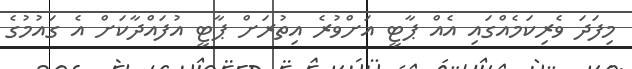
މިފަދަ ވެރިކަމެއްގައި އެއް ޕާޓީ އަށްވުރެ އިތުރަށް ޕާޓީ އުފައްދާކަށް އެ ގައުމުގެ